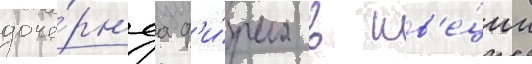
доче́рн'яа ф'и́рма в шв'е́ции